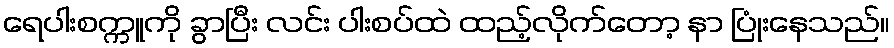
ရေပါးစက္ကူကို ခွာပြီး လင်း ပါးစပ်ထဲ ထည့်လိုက်တော့ နာ ပြုံးနေသည်။